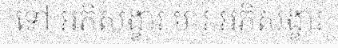
ទៅ អភិសង្ខារ មារ អភិសង្ខារ